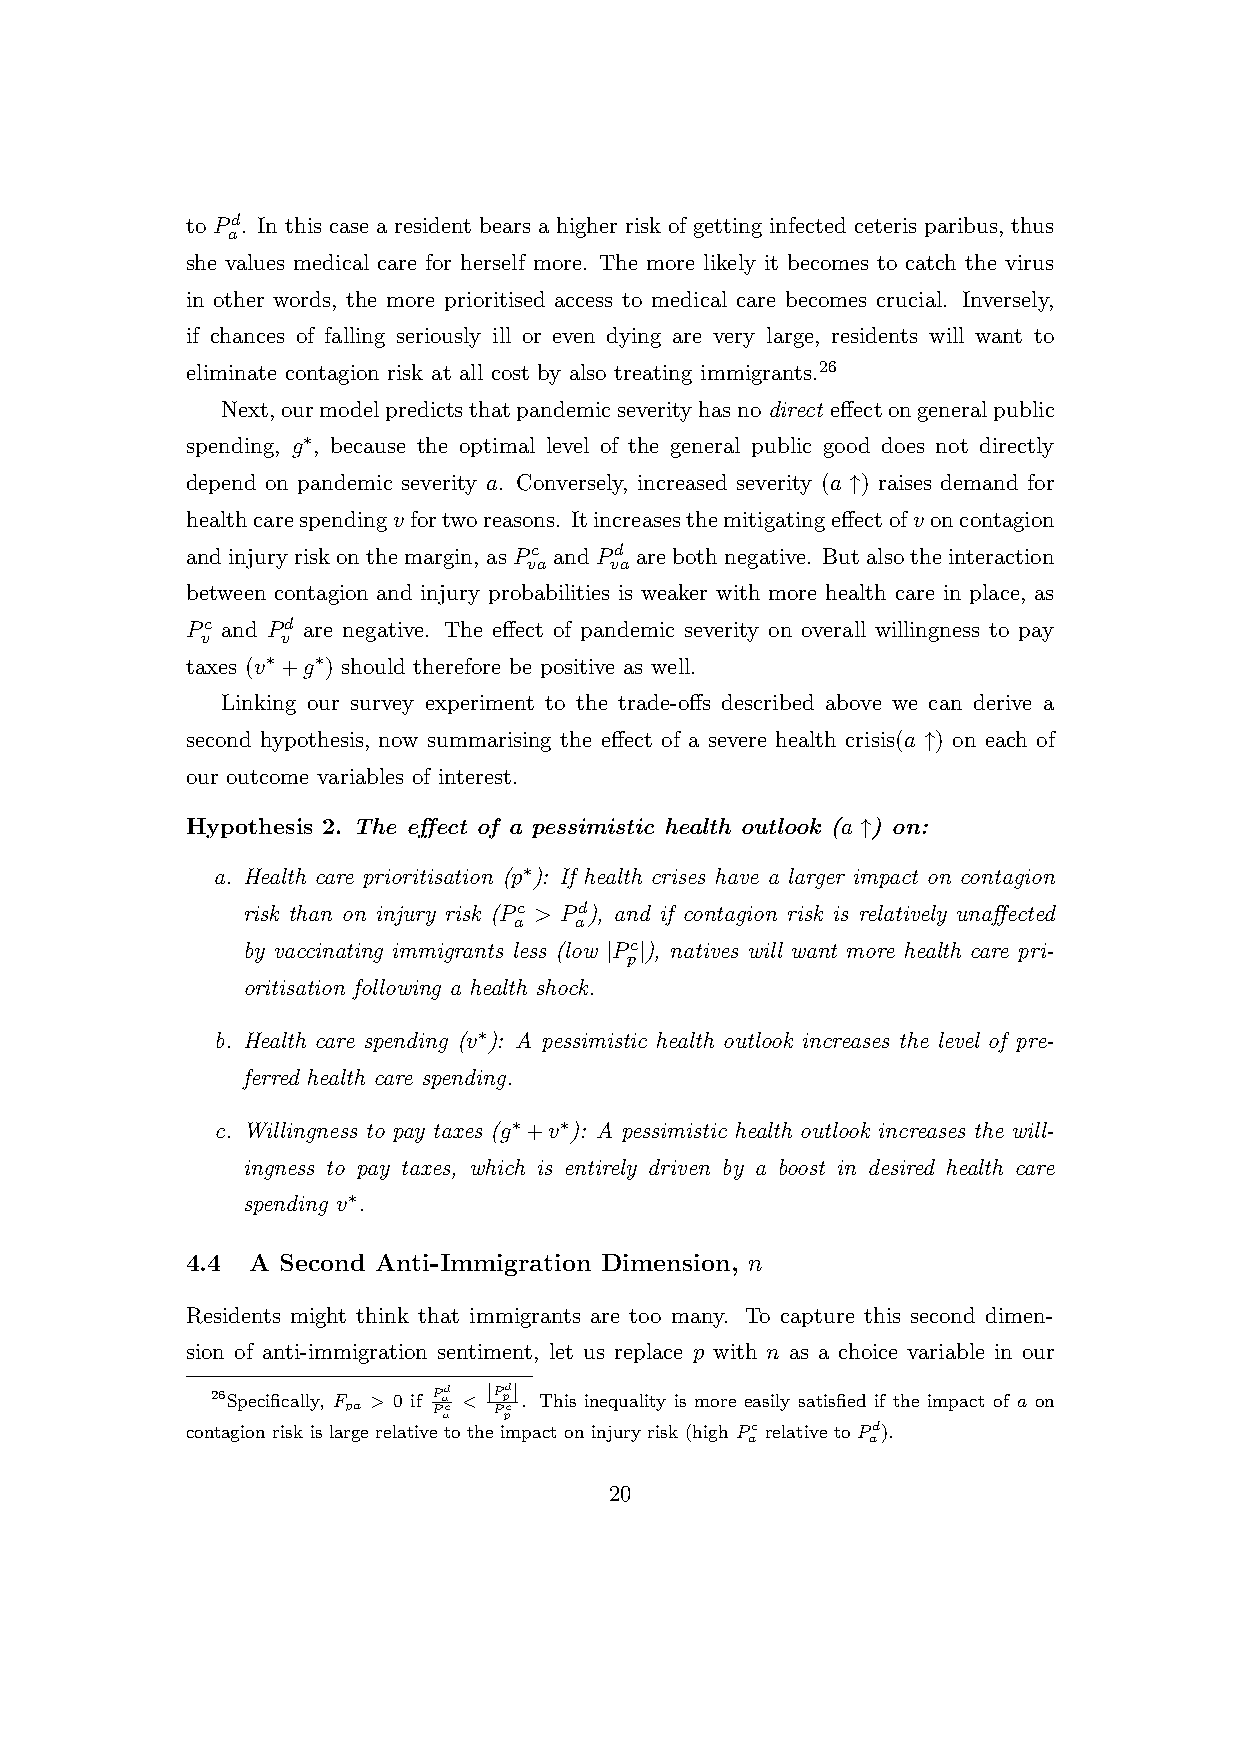
to Pd. In this case a resident bears a higher risk of getting infected ceteris paribus, thus
 a
 she values medical care for herself more. The more likely it becomes to catch the virus
 in other words, the more prioritised access to medical care becomes crucial. Inversely,
 if chances of falling seriously ill or even dying are very large, residents will want to
 eliminate contagion risk at all cost by also treating immigrants.26
 Next,ourmodelpredictsthatpandemicseverityhasnodirect effectongeneralpublic
 spending, g∗, because the optimal level of the general public good does not directly
 depend on pandemic severity a. Conversely, increased severity (a ↑) raises demand for
 healthcarespendingvfortworeasons. Itincreasesthemitigatingeffectofvoncontagion
 andinjuryriskonthemargin, asPc andPd arebothnegative. Butalsotheinteraction
 va   va
 between contagion and injury probabilities is weaker with more health care in place, as
 Pc and Pd are negative. The effect of pandemic severity on overall willingness to pay
 v     v
 taxes (v∗+g∗) should therefore be positive as well.
 Linking our survey experiment to the trade-offs described above we can derive a
 second hypothesis, now summarising the effect of a severe health crisis(a ↑) on each of
 our outcome variables of interest.
 Hypothesis 2. The effect of a pessimistic health outlook (a ↑) on:
 a. Health care prioritisation (p∗): If health crises have a larger impact on contagion
 risk than on injury risk (Pc > Pd), and if contagion risk is relatively unaffected
 a   a
 by vaccinating immigrants less (low |Pc|), natives will want more health care pri-
 p
 oritisation following a health shock.
 b. Health care spending (v∗): A pessimistic health outlook increases the level of pre-
 ferred health care spending.
 c. Willingness to pay taxes (g∗+v∗): A pessimistic health outlook increases the will-
 ingness to pay taxes, which is entirely driven by a boost in desired health care
 spending v∗.
 4.4  A Second Anti-Immigration Dimension, n
 Residents might think that immigrants are too many. To capture this second dimen-
 sion of anti-immigration sentiment, let us replace p with n as a choice variable in our
 26Specifically, F > 0 if Pad < |Ppd| . This inequality is more easily satisfied if the impact of a on
 pa    Pac Ppc
 contagion risk is large relative to the impact on injury risk (high Pc relative to Pd).
 a        a
 20